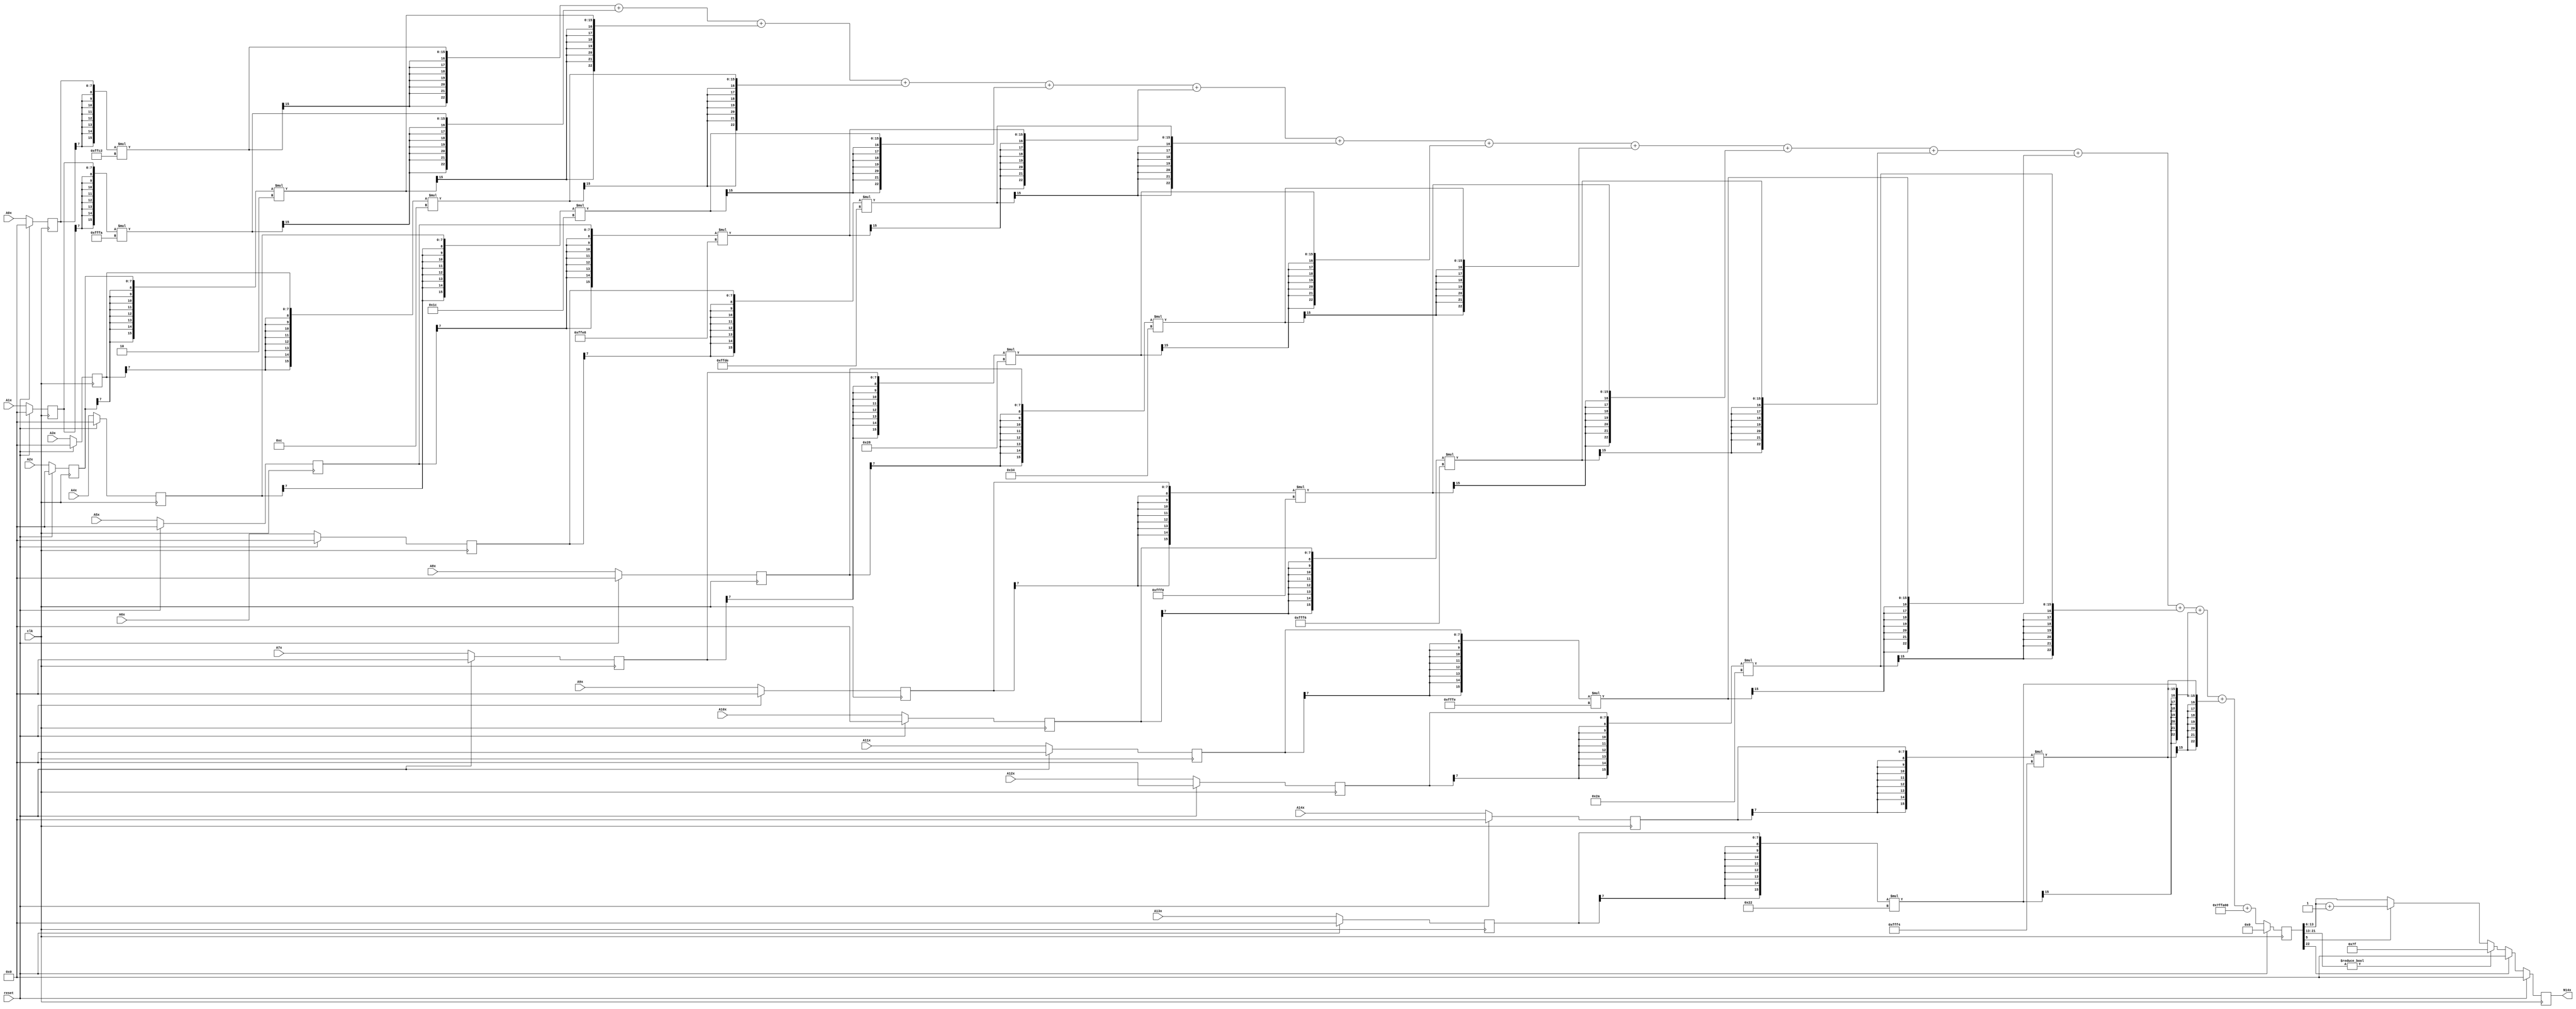
module node_4_14(clk,reset,N14x,A0x,A1x,A2x,A3x,A4x,A5x,A6x,A7x,A8x,A9x,A10x,A11x,A12x,A13x,A14x);
	input clk;
	input reset;
	input [7:0] A0x, A1x, A2x, A3x, A4x, A5x, A6x, A7x, A8x, A9x, A10x, A11x, A12x, A13x, A14x;
	reg [7:0] A0x_c, A1x_c, A2x_c, A3x_c, A4x_c, A5x_c, A6x_c, A7x_c, A8x_c, A9x_c, A10x_c, A11x_c, A12x_c, A13x_c, A14x_c;
	wire [15:0] sum0x, sum1x, sum2x, sum3x, sum4x, sum5x, sum6x, sum7x, sum8x, sum9x, sum10x, sum11x, sum12x, sum13x, sum14x;
	output reg [7:0] N14x;
	reg [22:0] sumout;

	parameter [7:0] W0x=-8'd62;
	parameter [7:0] W1x=-8'd6;
	parameter [7:0] W2x=8'd2;
	parameter [7:0] W3x=8'd12;
	parameter [7:0] W4x=8'd28;
	parameter [7:0] W5x=-8'd24;
	parameter [7:0] W6x=-8'd34;
	parameter [7:0] W7x=8'd40;
	parameter [7:0] W8x=8'd52;
	parameter [7:0] W9x=-8'd16;
	parameter [7:0] W10x=-8'd10;
	parameter [7:0] W11x=-8'd2;
	parameter [7:0] W12x=8'd42;
	parameter [7:0] W13x=8'd34;
	parameter [7:0] W14x=-8'd12;
	parameter [15:0] B0x=-16'd1536;


	assign sum0x = {A0x_c[7],A0x_c[7],A0x_c[7],A0x_c[7],A0x_c[7],A0x_c[7],A0x_c[7],A0x_c[7],A0x_c}*{W0x[7],W0x[7],W0x[7],W0x[7],W0x[7],W0x[7],W0x[7],W0x[7],W0x};
	assign sum1x = {A1x_c[7],A1x_c[7],A1x_c[7],A1x_c[7],A1x_c[7],A1x_c[7],A1x_c[7],A1x_c[7],A1x_c}*{W1x[7],W1x[7],W1x[7],W1x[7],W1x[7],W1x[7],W1x[7],W1x[7],W1x};
	assign sum2x = {A2x_c[7],A2x_c[7],A2x_c[7],A2x_c[7],A2x_c[7],A2x_c[7],A2x_c[7],A2x_c[7],A2x_c}*{W2x[7],W2x[7],W2x[7],W2x[7],W2x[7],W2x[7],W2x[7],W2x[7],W2x};
	assign sum3x = {A3x_c[7],A3x_c[7],A3x_c[7],A3x_c[7],A3x_c[7],A3x_c[7],A3x_c[7],A3x_c[7],A3x_c}*{W3x[7],W3x[7],W3x[7],W3x[7],W3x[7],W3x[7],W3x[7],W3x[7],W3x};
	assign sum4x = {A4x_c[7],A4x_c[7],A4x_c[7],A4x_c[7],A4x_c[7],A4x_c[7],A4x_c[7],A4x_c[7],A4x_c}*{W4x[7],W4x[7],W4x[7],W4x[7],W4x[7],W4x[7],W4x[7],W4x[7],W4x};
	assign sum5x = {A5x_c[7],A5x_c[7],A5x_c[7],A5x_c[7],A5x_c[7],A5x_c[7],A5x_c[7],A5x_c[7],A5x_c}*{W5x[7],W5x[7],W5x[7],W5x[7],W5x[7],W5x[7],W5x[7],W5x[7],W5x};
	assign sum6x = {A6x_c[7],A6x_c[7],A6x_c[7],A6x_c[7],A6x_c[7],A6x_c[7],A6x_c[7],A6x_c[7],A6x_c}*{W6x[7],W6x[7],W6x[7],W6x[7],W6x[7],W6x[7],W6x[7],W6x[7],W6x};
	assign sum7x = {A7x_c[7],A7x_c[7],A7x_c[7],A7x_c[7],A7x_c[7],A7x_c[7],A7x_c[7],A7x_c[7],A7x_c}*{W7x[7],W7x[7],W7x[7],W7x[7],W7x[7],W7x[7],W7x[7],W7x[7],W7x};
	assign sum8x = {A8x_c[7],A8x_c[7],A8x_c[7],A8x_c[7],A8x_c[7],A8x_c[7],A8x_c[7],A8x_c[7],A8x_c}*{W8x[7],W8x[7],W8x[7],W8x[7],W8x[7],W8x[7],W8x[7],W8x[7],W8x};
	assign sum9x = {A9x_c[7],A9x_c[7],A9x_c[7],A9x_c[7],A9x_c[7],A9x_c[7],A9x_c[7],A9x_c[7],A9x_c}*{W9x[7],W9x[7],W9x[7],W9x[7],W9x[7],W9x[7],W9x[7],W9x[7],W9x};
	assign sum10x = {A10x_c[7],A10x_c[7],A10x_c[7],A10x_c[7],A10x_c[7],A10x_c[7],A10x_c[7],A10x_c[7],A10x_c}*{W10x[7],W10x[7],W10x[7],W10x[7],W10x[7],W10x[7],W10x[7],W10x[7],W10x};
	assign sum11x = {A11x_c[7],A11x_c[7],A11x_c[7],A11x_c[7],A11x_c[7],A11x_c[7],A11x_c[7],A11x_c[7],A11x_c}*{W11x[7],W11x[7],W11x[7],W11x[7],W11x[7],W11x[7],W11x[7],W11x[7],W11x};
	assign sum12x = {A12x_c[7],A12x_c[7],A12x_c[7],A12x_c[7],A12x_c[7],A12x_c[7],A12x_c[7],A12x_c[7],A12x_c}*{W12x[7],W12x[7],W12x[7],W12x[7],W12x[7],W12x[7],W12x[7],W12x[7],W12x};
	assign sum13x = {A13x_c[7],A13x_c[7],A13x_c[7],A13x_c[7],A13x_c[7],A13x_c[7],A13x_c[7],A13x_c[7],A13x_c}*{W13x[7],W13x[7],W13x[7],W13x[7],W13x[7],W13x[7],W13x[7],W13x[7],W13x};
	assign sum14x = {A14x_c[7],A14x_c[7],A14x_c[7],A14x_c[7],A14x_c[7],A14x_c[7],A14x_c[7],A14x_c[7],A14x_c}*{W14x[7],W14x[7],W14x[7],W14x[7],W14x[7],W14x[7],W14x[7],W14x[7],W14x};

	always@(posedge clk) begin

		if(reset)
			begin
			N14x<=8'd0;
			sumout<=16'd0;
			A0x_c <= 8'd0;
			A1x_c <= 8'd0;
			A2x_c <= 8'd0;
			A3x_c <= 8'd0;
			A4x_c <= 8'd0;
			A5x_c <= 8'd0;
			A6x_c <= 8'd0;
			A7x_c <= 8'd0;
			A8x_c <= 8'd0;
			A9x_c <= 8'd0;
			A10x_c <= 8'd0;
			A11x_c <= 8'd0;
			A12x_c <= 8'd0;
			A13x_c <= 8'd0;
			A14x_c <= 8'd0;
			end
		else
			begin
			A0x_c <= A0x;
			A1x_c <= A1x;
			A2x_c <= A2x;
			A3x_c <= A3x;
			A4x_c <= A4x;
			A5x_c <= A5x;
			A6x_c <= A6x;
			A7x_c <= A7x;
			A8x_c <= A8x;
			A9x_c <= A9x;
			A10x_c <= A10x;
			A11x_c <= A11x;
			A12x_c <= A12x;
			A13x_c <= A13x;
			A14x_c <= A14x;
			sumout<={sum0x[15],sum0x[15],sum0x[15],sum0x[15],sum0x[15],sum0x[15],sum0x[15],sum0x}+{sum1x[15],sum1x[15],sum1x[15],sum1x[15],sum1x[15],sum1x[15],sum1x[15],sum1x}+{sum2x[15],sum2x[15],sum2x[15],sum2x[15],sum2x[15],sum2x[15],sum2x[15],sum2x}+{sum3x[15],sum3x[15],sum3x[15],sum3x[15],sum3x[15],sum3x[15],sum3x[15],sum3x}+{sum4x[15],sum4x[15],sum4x[15],sum4x[15],sum4x[15],sum4x[15],sum4x[15],sum4x}+{sum5x[15],sum5x[15],sum5x[15],sum5x[15],sum5x[15],sum5x[15],sum5x[15],sum5x}+{sum6x[15],sum6x[15],sum6x[15],sum6x[15],sum6x[15],sum6x[15],sum6x[15],sum6x}+{sum7x[15],sum7x[15],sum7x[15],sum7x[15],sum7x[15],sum7x[15],sum7x[15],sum7x}+{sum8x[15],sum8x[15],sum8x[15],sum8x[15],sum8x[15],sum8x[15],sum8x[15],sum8x}+{sum9x[15],sum9x[15],sum9x[15],sum9x[15],sum9x[15],sum9x[15],sum9x[15],sum9x}+{sum10x[15],sum10x[15],sum10x[15],sum10x[15],sum10x[15],sum10x[15],sum10x[15],sum10x}+{sum11x[15],sum11x[15],sum11x[15],sum11x[15],sum11x[15],sum11x[15],sum11x[15],sum11x}+{sum12x[15],sum12x[15],sum12x[15],sum12x[15],sum12x[15],sum12x[15],sum12x[15],sum12x}+{sum13x[15],sum13x[15],sum13x[15],sum13x[15],sum13x[15],sum13x[15],sum13x[15],sum13x}+{sum14x[15],sum14x[15],sum14x[15],sum14x[15],sum14x[15],sum14x[15],sum14x[15],sum14x}+{B0x[15],B0x[15],B0x[15],B0x[15],B0x[15],B0x[15],B0x[15],B0x};

			if(sumout[22]==0)
				begin
				if(sumout[21:13]!=9'b0)
					N14x<=8'd127;
				else
					begin
					if(sumout[5]==1)
						N14x<=sumout[13:6]+8'd1;
					else
						N14x<=sumout[13:6];
					end
				end
			else
				N14x<=8'd0;
			end
		end
endmodule